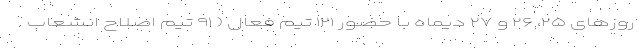
روزهای ۲۵، ۲۶ و ۲۷ دیماه با حضور ۱۲۱ تیم فعال ( ۹۱ تیم اصلاح انشعاب